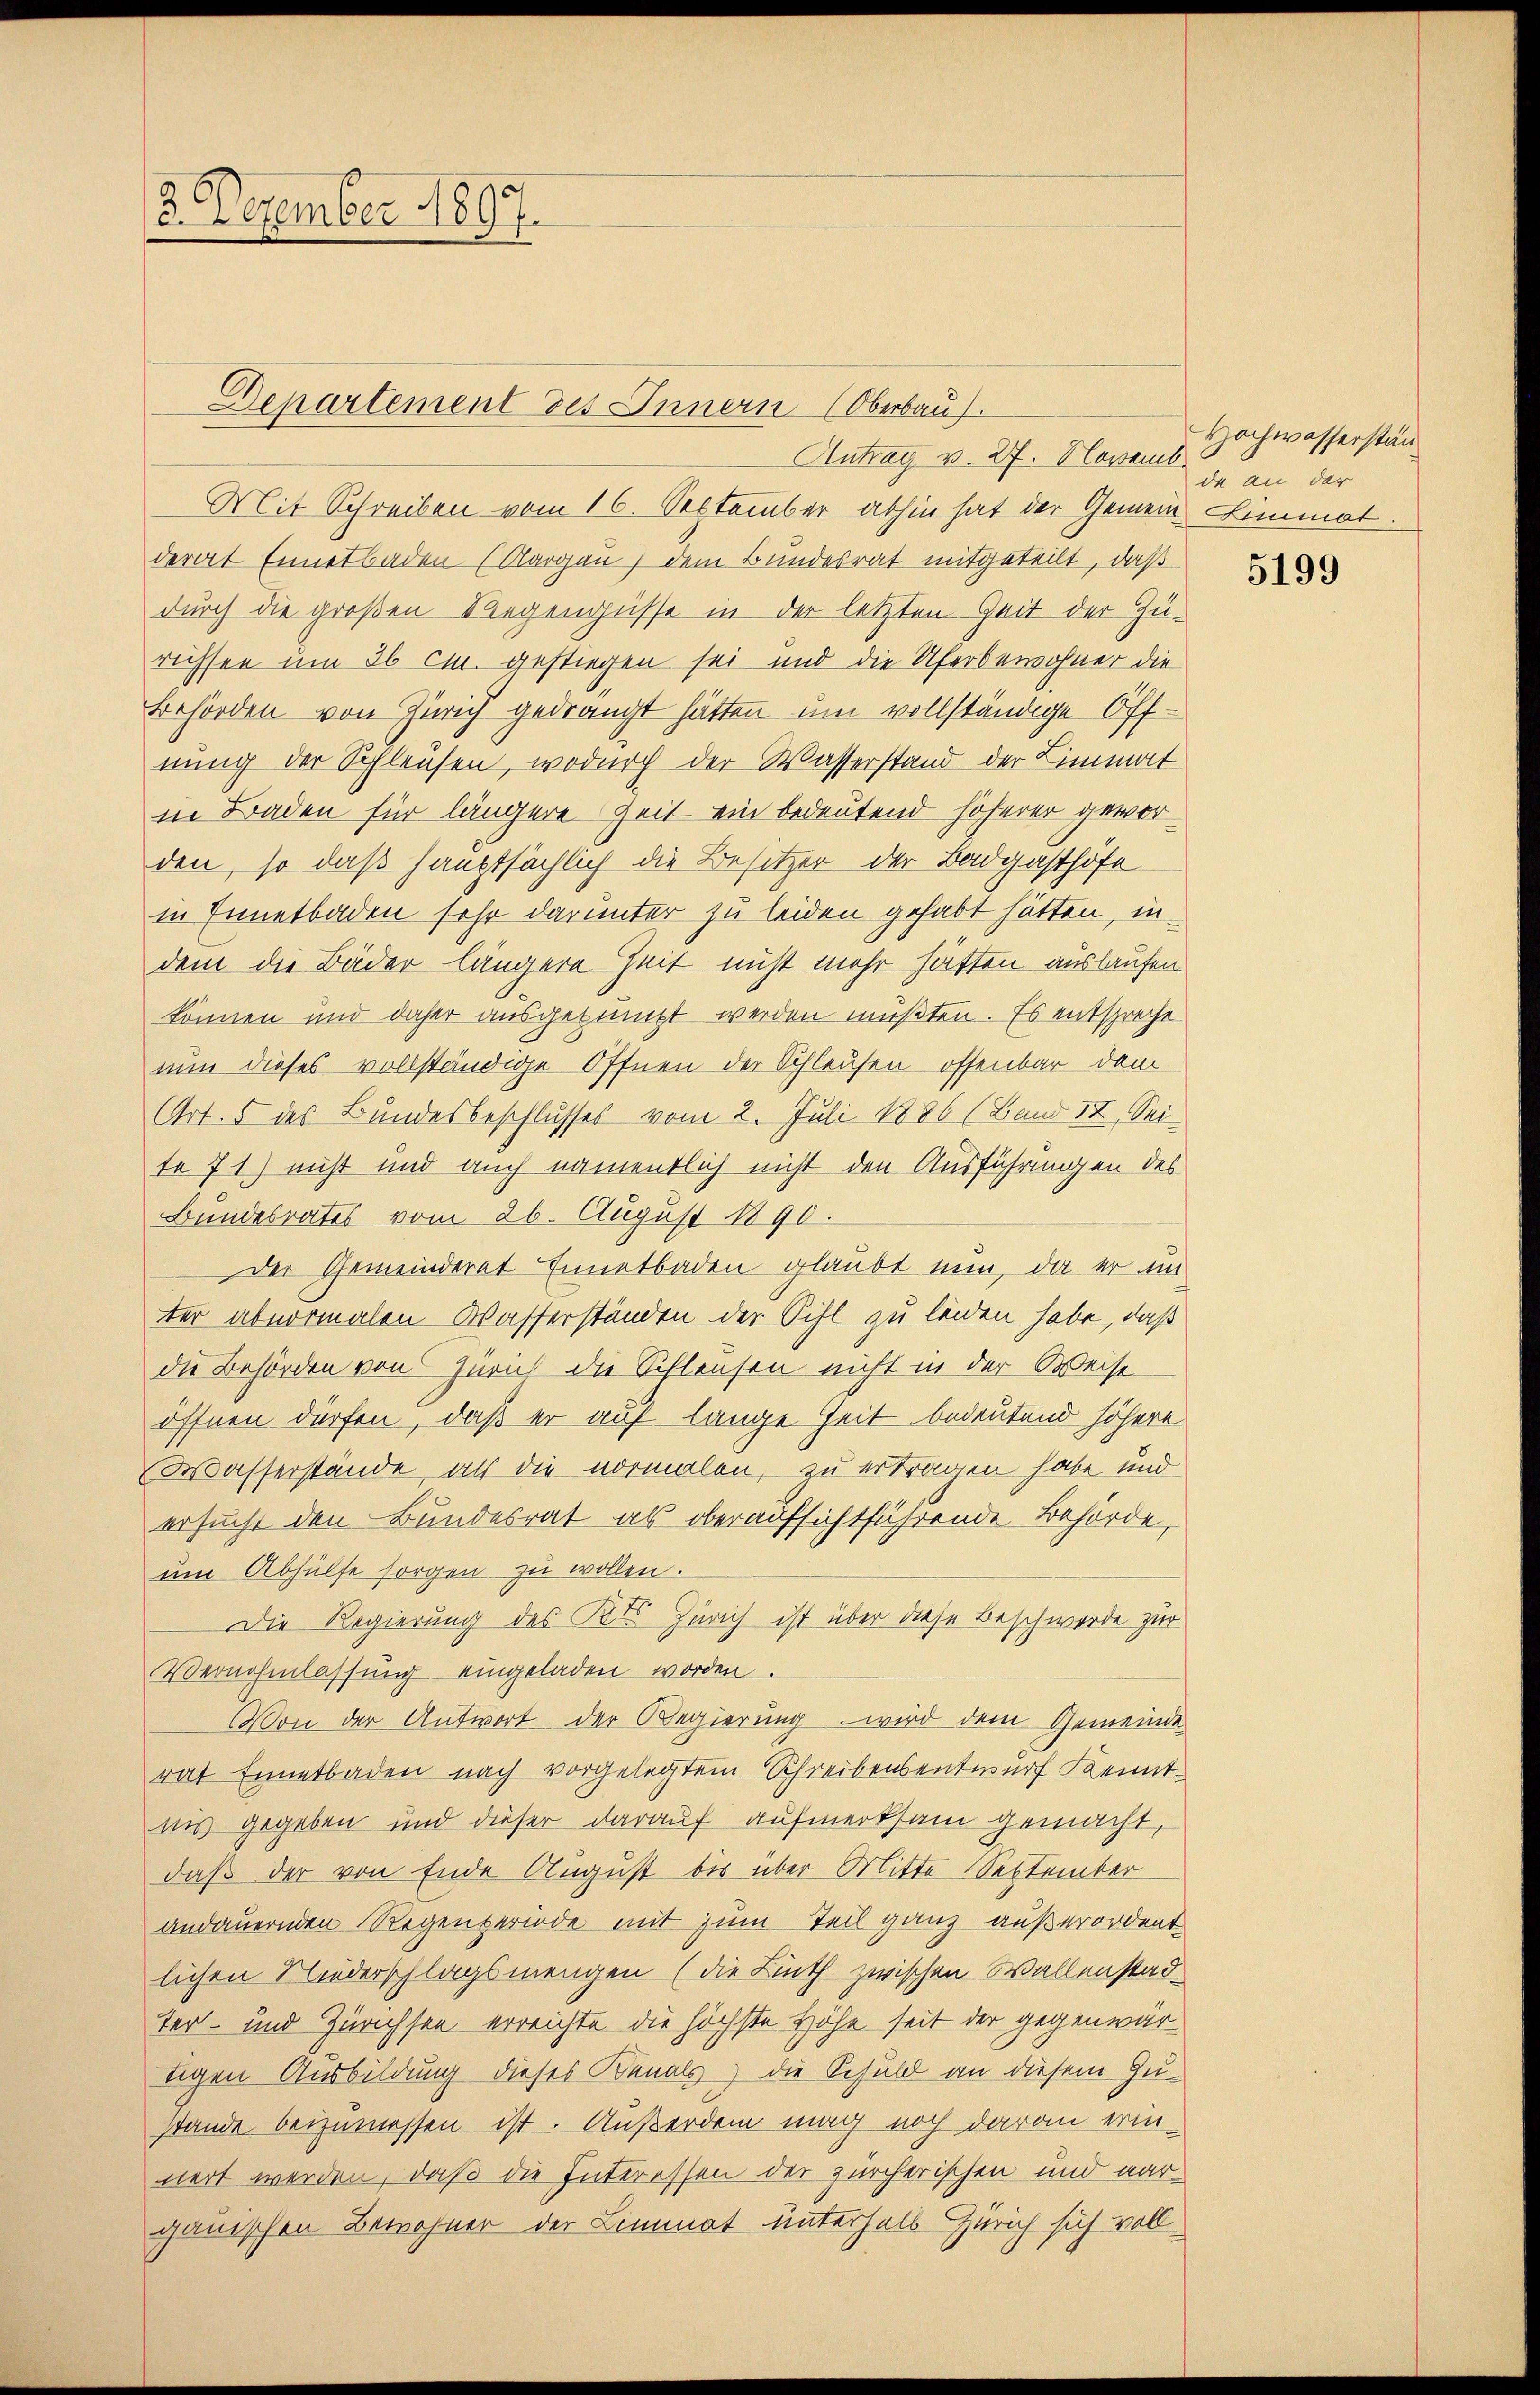
Antrag v. 27. Novemb.
Mit Schreiben vom 16. September abhin hat der Gemein Limmat.
derat Ennetbaden (Aargau, dem Bundesrat mitgeteilt, daß
durch die großen Regengüsse in der letzten Zeit der Zu-
rüssen um 36 cm. gestiegen sei und die Uferbewohner die
Behörden von Zürich gedrängt hätten um vollständige Offnung der Schleusen, wodurch der Wasserstand der Limmat
in Baden für längere Zeit ein bedeutend höherer geworden, so daß hauptsächlich die Besitzer der Badgasthöfe
in Innetbaden sehr darunter zu leiden gehabt hätten, indem die Bäder längere Zeit nicht mehr hätten auslaufen.
können und daher ausgeringt werden müßten. Es entspreche
nun dieses vollständige Öffnen der Schleusen offenbar dem
Art. 5 des Bundesbeschlusses vom 2. Juli 1886 (Band 17, Seite 71) nicht und auch namentlich nicht den Ausführungen des
Bundesrates vom 26. August 1890.
Der Gemeinderat Ennetbaden glaubt nun, da er im
ter abnormalen Wasserständen der Sihl zu leiden habe, daß
die Behörden von Zürich die Schleusen nicht in der Weise
öffnen dürfen, daß er auf lange Zeit bedeutend höhere
Wasserstände, als die vormalen, zu ertragen habe und
ersucht den Bundesrat als oberaufsichtführende Behörde,
ŭm Abhülfe sorgen zu wollen.
Die Regierung des Kts Zürich ist über diese Beschwerde zur
Vernehmlassung eingeladen worden.
Von der Antwort der Regierung wird dem Gemeinde
rat Ennetbaden nach vorgelegtem Schreibensentwurf Kenntnis gegeben und dieser darauf aufmerksam gemacht,
daß der von Ende August bis über Mitte September
andauernden Regenperiode mit zum Teil ganz außerordent
lichen Niederschlagsmengen (die Linth zwischen Wallenstadter- und Zürichsen erreichte die höchste Höhe seit der gegenwärtigen Ausbildung dieses Kanals) die Schuld an diesem Zu-
stande beizumessen ist. Außerdem mag noch daran erinnert werden, daß die Interessen der zürcherischen und darganischen Bewohner der Limmat unterhalb Zürich sich voll¬

3. Dezember 1897.

Departement des Innern (Oberbau

Hochwasserstända an der

5199